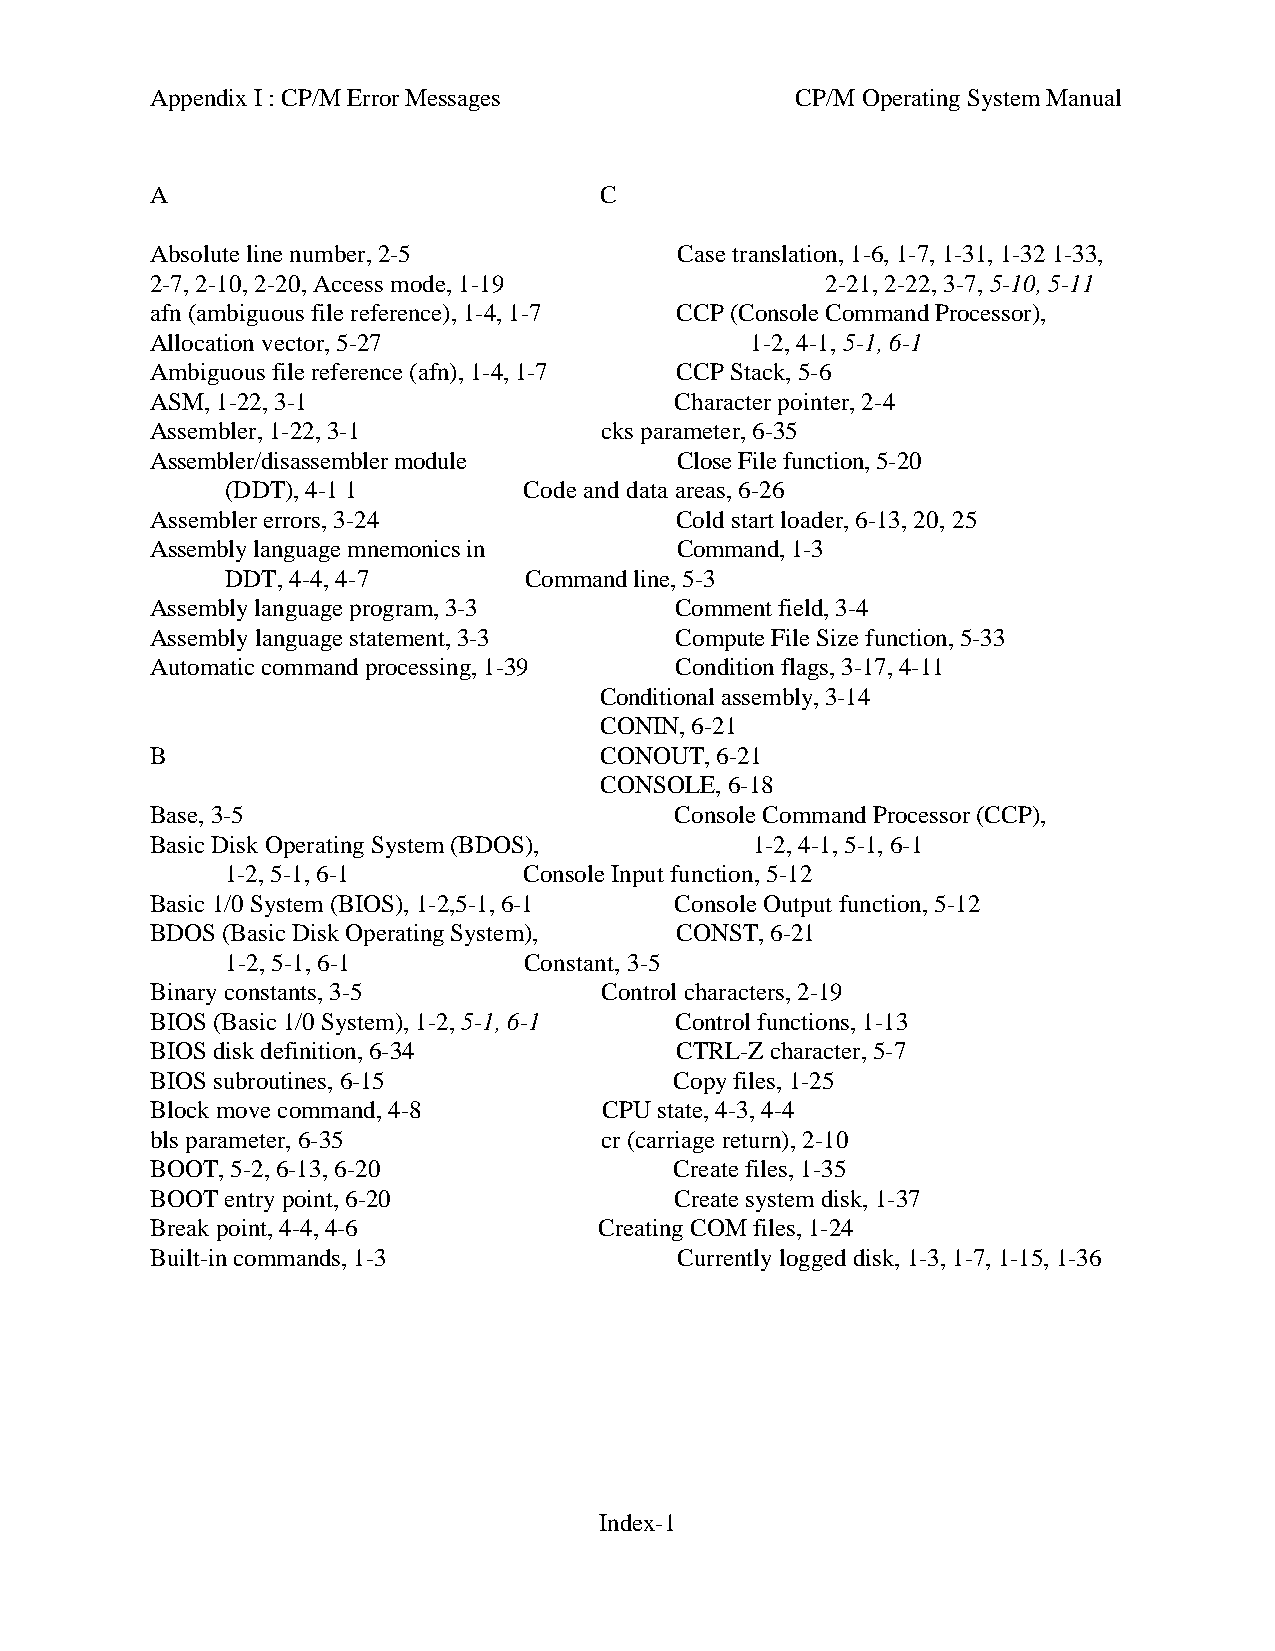
Appendix I : CP/M Error Messages           CP/M Operating System Manual
 A                             C
 Absolute line number, 2-5          Case translation, 1-6, 1-7, 1-31, 1-32 1-33,
 2-7, 2-10, 2-20, Access mode, 1-19           2-21, 2-22, 3-7, 5-10, 5-11
 afn (ambiguous file reference), 1-4, 1-7 CCP (Console Command Processor),
 Allocation vector, 5-27                 1-2, 4-1, 5-1, 6-1
 Ambiguous file reference (afn), 1-4, 1-7 CCP Stack, 5-6
 ASM, 1-22, 3-1                     Character pointer, 2-4
 Assembler, 1-22, 3-1          cks parameter, 6-35
 Assembler/disassembler module      Close File function, 5-20
 (DDT), 4-1 1        Code and data areas, 6-26
 Assembler errors, 3-24             Cold start loader, 6-13, 20, 25
 Assembly language mnemonics in     Command, 1-3
 DDT, 4-4, 4-7       Command line, 5-3
 Assembly language program, 3-3     Comment field, 3-4
 Assembly language statement, 3-3   Compute File Size function, 5-33
 Automatic command processing, 1-39 Condition flags, 3-17, 4-11
 Conditional assembly, 3-14
 CONIN, 6-21
 B                             CONOUT, 6-21
 CONSOLE, 6-18
 Base, 3-5                          Console Command Processor (CCP),
 Basic Disk Operating System (BDOS),     1-2, 4-1, 5-1, 6-1
 1-2, 5-1, 6-1       Console Input function, 5-12
 Basic 1/0 System (BIOS), 1-2,5-1, 6-1 Console Output function, 5-12
 BDOS (Basic Disk Operating System), CONST, 6-21
 1-2, 5-1, 6-1       Constant, 3-5
 Binary constants, 3-5         Control characters, 2-19
 BIOS (Basic 1/0 System), 1-2, 5-1, 6-1 Control functions, 1-13
 BIOS disk definition, 6-34         CTRL-Z character, 5-7
 BIOS subroutines, 6-15             Copy files, 1-25
 Block move command, 4-8       CPU state, 4-3, 4-4
 bls parameter, 6-35           cr (carriage return), 2-10
 BOOT, 5-2, 6-13, 6-20              Create files, 1-35
 BOOT entry point, 6-20             Create system disk, 1-37
 Break point, 4-4, 4-6         Creating COM files, 1-24
 Built-in commands, 1-3             Currently logged disk, 1-3, 1-7, 1-15, 1-36
 Index-1